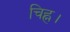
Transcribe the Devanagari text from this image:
चिह्न।